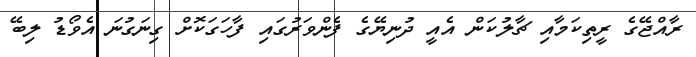
ރާއްޖޭގެ ރީތިކަމާއި ޗާލުކަން އެއީ ދުނިޔޭގެ ފެންވަރުގައި ފާހަގަކޮށް ގިނަގުނަ އެވޯޑު ލިބޭ